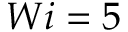
W i = 5